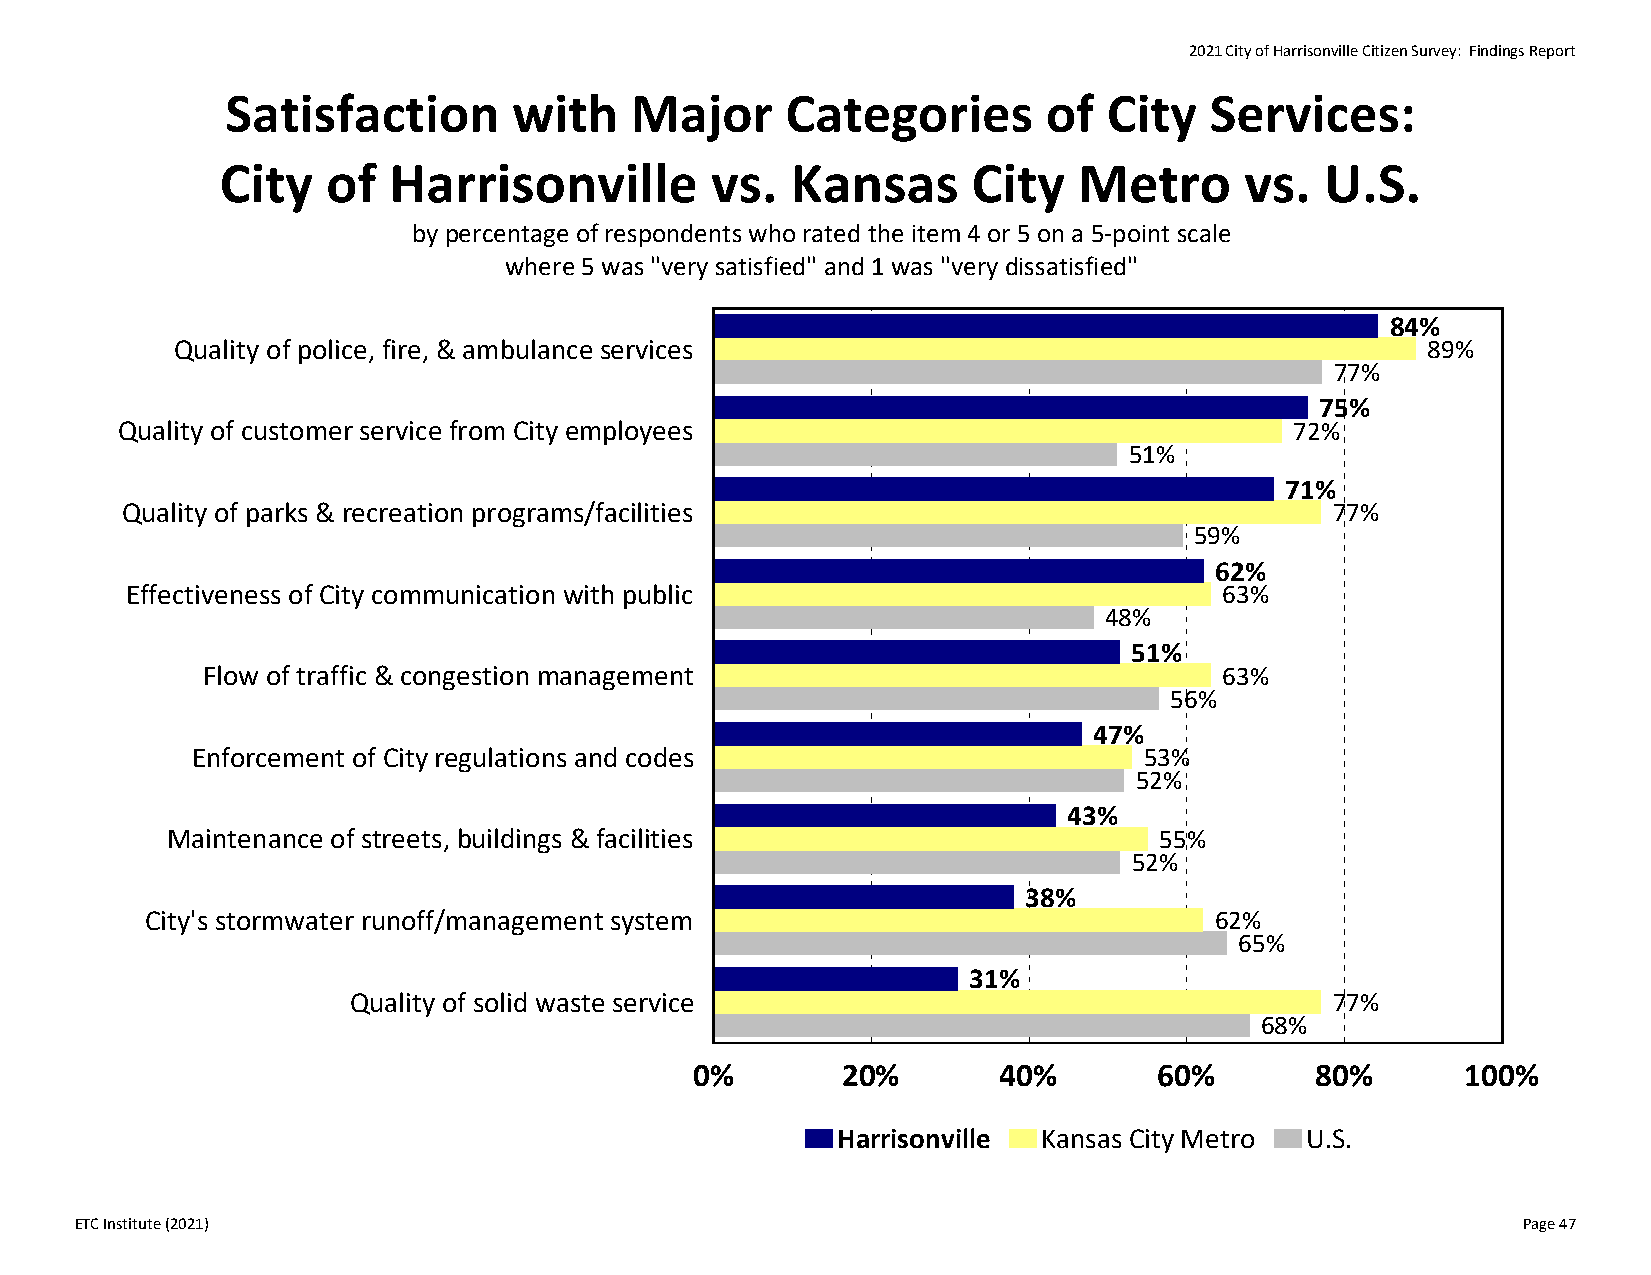
2021 City of Harrisonville Citizen Survey: Findings Report
 Satisfaction       with    Major     Categories       of  City   Services:
 City   of  Harrisonville        vs.  Kansas      City   Metro      vs.   U.S.
 by percentage of respondents who rated the item 4 or 5 on a 5‐point scale
 where 5 was "very satisfied" and 1 was "very dissatisfied"
 84%
 Quality of police, fire, & ambulance services                                     89%
 77%
 75%
 Quality of customer service from City employees                               72%
 51%
 71%
 Quality of parks & recreation programs/facilities                               77%
 59%
 62%
 Effectiveness of City communication with public                          63%
 48%
 51%
 Flow of traffic & congestion management                             63%
 56%
 47%
 Enforcement of City regulations and codes                      53%
 52%
 43%
 Maintenance of streets, buildings & facilities                    55%
 52%
 38%
 City's stormwater runoff/management system                            62%
 65%
 31%
 Quality of solid waste service                                   77%
 68%
 0%        20%       40%        60%       80%       100%
 Harrisonville Kansas City Metro U.S.
 ETC Institute (2021)                                                                            Page 47